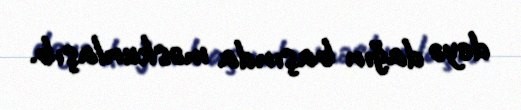
deyə dağın başında məskunlaşıb.